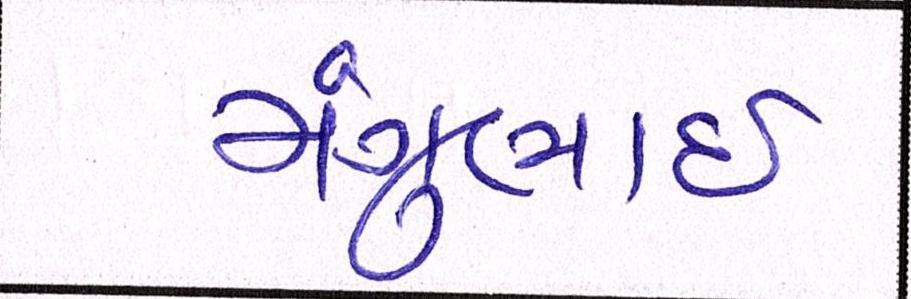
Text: મંગુભાઇ